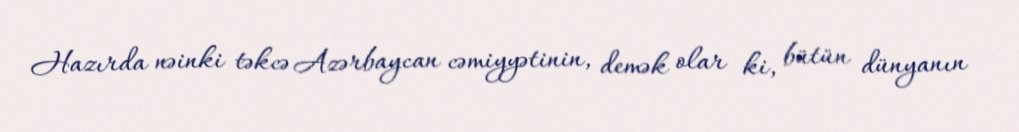
Hazırda nəinki təkcə Azərbaycan cəmiyyətinin, demək olar ki, bütün dünyanın